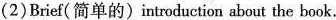
(2)Brief(简单的)introduction about the book.